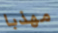
مهذبا